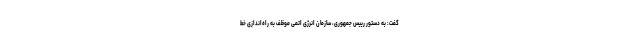
گفت: به دستور رییس جمهوری، سازمان انرژی اتمی موظف به راه‌اندازی خط